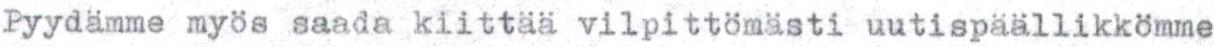
Pyydäme myös saada kiittää vilpittömästi uutispäällikkömme